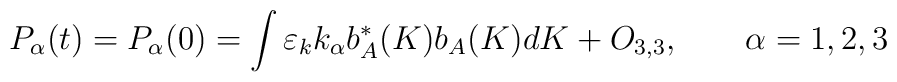
P_{\alpha }(t)=P_{\alpha }(0)=\int \varepsilon _{k}k_{\alpha }b_{A}^{\ast}(K)b_{A}(K)dK+O_{3,3},\qquad \alpha =1,2,3